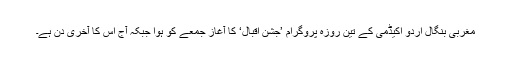
مغربی بنگال اردو اکیڈمی کے تین روزہ پروگرام ’جشنِ اقبال‘ کا آغاز جمعے کو ہوا جبکہ آج اس کا آخری دن ہے۔